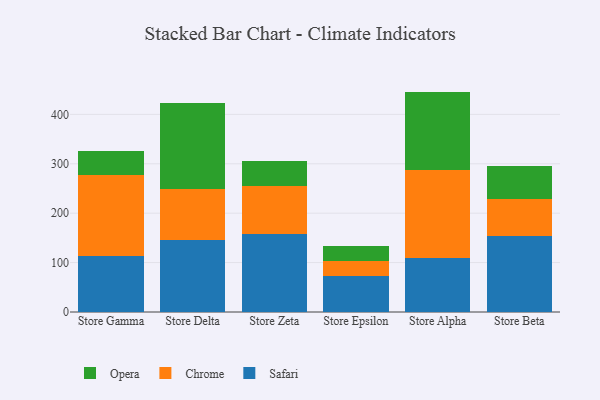
{"axis": {"x": "Store", "y": "Budget (USD K)"}, "legend": ["Chrome", "Opera", "Safari"], "data": [{"x": "Store Gamma", "y": 113.8, "type": "Safari"}, {"x": "Store Gamma", "y": 164.1, "type": "Chrome"}, {"x": "Store Gamma", "y": 48.1, "type": "Opera"}, {"x": "Store Delta", "y": 145.3, "type": "Safari"}, {"x": "Store Delta", "y": 103.5, "type": "Chrome"}, {"x": "Store Delta", "y": 174.4, "type": "Opera"}, {"x": "Store Zeta", "y": 156.9, "type": "Safari"}, {"x": "Store Zeta", "y": 97.8, "type": "Chrome"}, {"x": "Store Zeta", "y": 50.9, "type": "Opera"}, {"x": "Store Epsilon", "y": 72.3, "type": "Safari"}, {"x": "Store Epsilon", "y": 30.9, "type": "Chrome"}, {"x": "Store Epsilon", "y": 30.9, "type": "Opera"}, {"x": "Store Alpha", "y": 108.9, "type": "Safari"}, {"x": "Store Alpha", "y": 178.5, "type": "Chrome"}, {"x": "Store Alpha", "y": 158.7, "type": "Opera"}, {"x": "Store Beta", "y": 154.4, "type": "Safari"}, {"x": "Store Beta", "y": 73.9, "type": "Chrome"}, {"x": "Store Beta", "y": 66.3, "type": "Opera"}]}